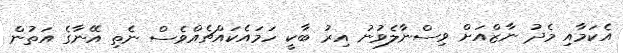
އެކަމާއި މެދު ނާޒްއަށް ވިސްނާލެވުނު އިރު ބާކީ ހަމައެކައްޗެއްވެސް ނެތި އޭނާގެ އަތުން